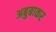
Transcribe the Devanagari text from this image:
अबुबाकर